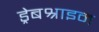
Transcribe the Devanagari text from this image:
ड्रेबश्राइन